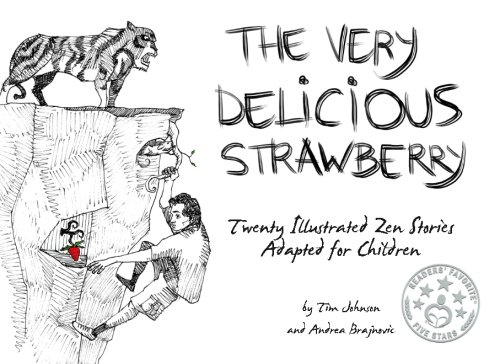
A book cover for The Very Delicious Strawberry: Twenty Illustrated Zen Stories Adapted for Children; Tim Johnson; Children's Books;